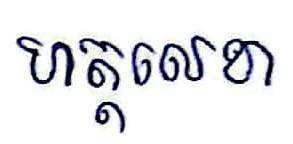
ហត្ដលេខា